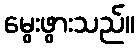
မွေးဖွားသည်။